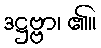
ဒဋ္ဌဗ္ဗာ၊ ၏။